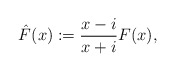
\begin{align*}\hat{F}(x) := \frac{x - i}{x + i} F(x),\end{align*}